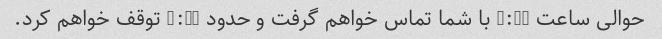
حوالی ساعت 6:00 با شما تماس خواهم گرفت و حدود 6:30 توقف خواهم کرد.